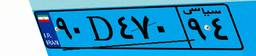
۰۹D۸۷۲۰۲